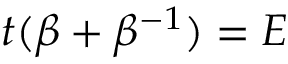
t ( \beta + \beta ^ { - 1 } ) = E